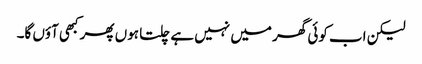
لیکن اب کوئی گھر میں نہیں ہے چلتا ہوں پھر کبھی آؤں گا۔